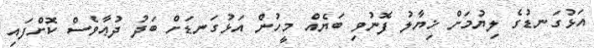
އަޅުގަނޑުގެ ލިޔުމަށް ޚިޔާލު ފޮނުވި ބަޔެއް މީހުން އަޅުގަނޑަށް ބަދު ދުޢާވެސް ކޮށްފައި